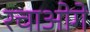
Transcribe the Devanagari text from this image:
रचाओगे